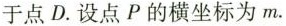
于点D。设点P的横坐标为m。